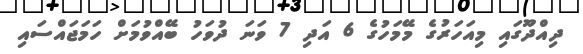
ދިއްދޫގައި މިއަހަރުގެ މޭމަހުގެ 6 އަދި 7 ވަނަ ދުވަހު ބޭއްވުމަށް ހަމަޖައްސައި